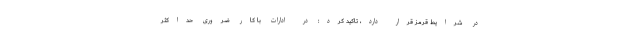
در شرایط قرمز قرار دارد، تاکید کرد: در ادارات با کار ضروری حداکثر